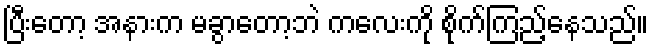
ပြီးတော့ အနားက မခွာတော့ဘဲ ကလေးကို စိုက်ကြည့်နေသည်။